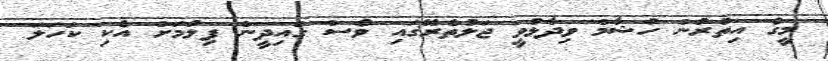
މީގެ އިތުރުން ހުޝާމް ވިދާޅުވީ ޖަލުތެރޭގައި ވެސް ގައިދީން ފިލުމަށް އެކި ކަހަލަ